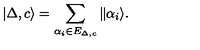
| \Delta , c \rangle = \sum _ { \alpha _ { i } \in E _ { \Delta , c } } \| \alpha _ { i } \rangle .